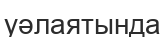
уәлаятында